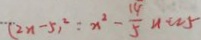
( 2 n - 5 ) ^ { 2 } : n ^ { 2 } - \frac { 1 4 } { 5 } u + 2 5